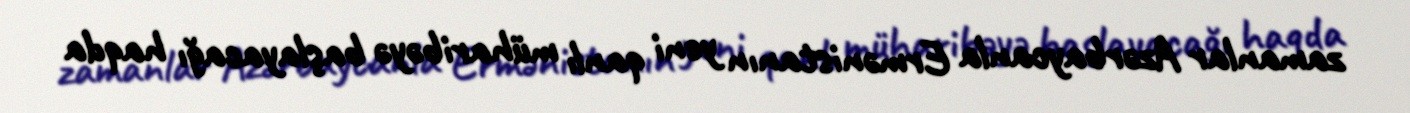
zamanlar Azərbaycanla Ermənistanın yeni qanlı müharibəyə başlayacağı haqda